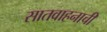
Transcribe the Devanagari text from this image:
सातवाहनाची